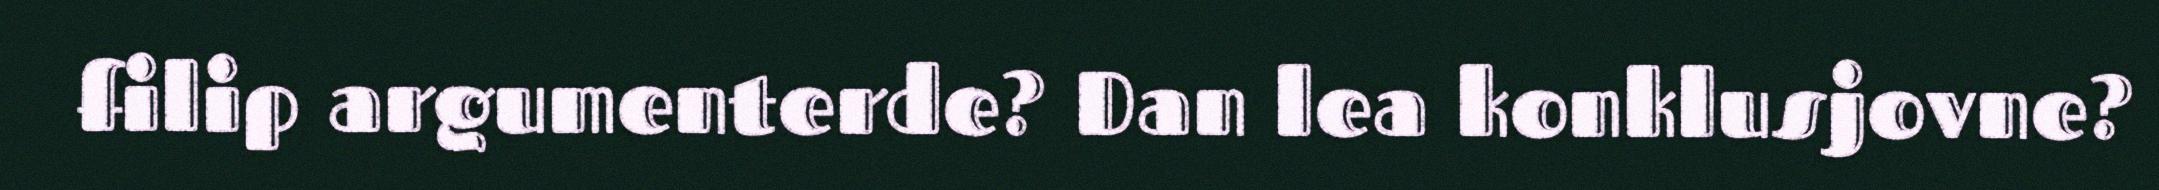
filip argumenterde? Dan lea konklusjovne?